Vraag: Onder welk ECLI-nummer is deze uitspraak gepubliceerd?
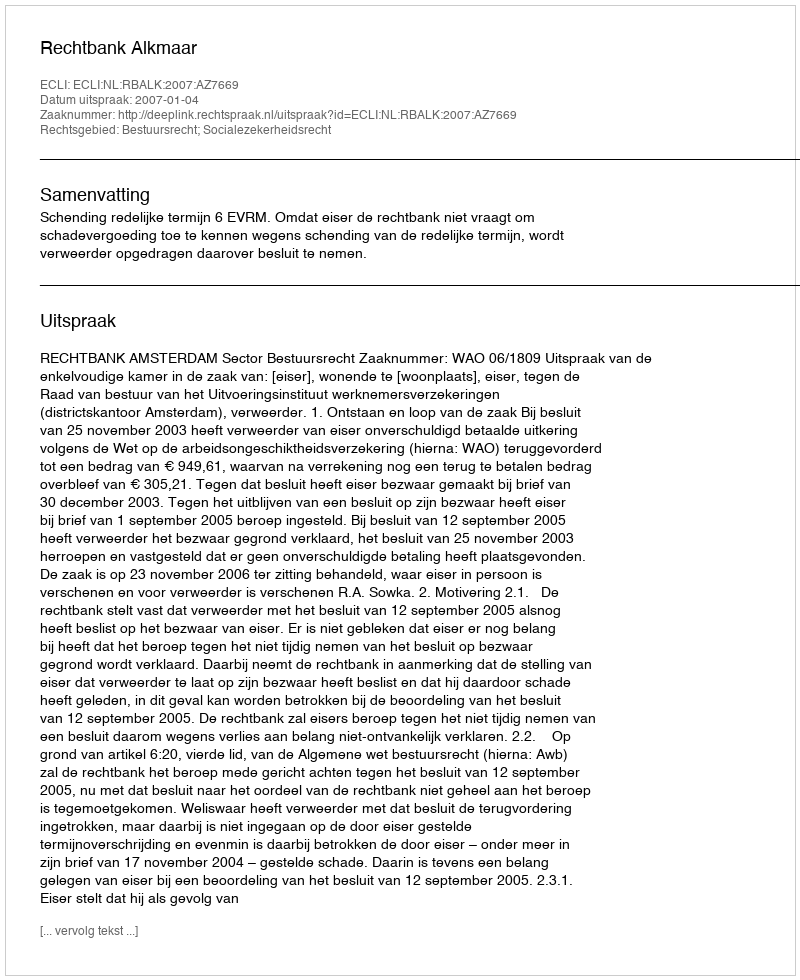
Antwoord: ECLI:NL:RBALK:2007:AZ7669